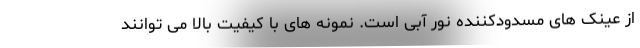
از عینک های مسدودکننده نور آبی است. نمونه های با کیفیت بالا می توانند